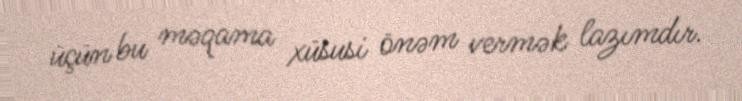
üçün bu məqama xüsusi önəm vermək lazımdır.